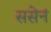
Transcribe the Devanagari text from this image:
ससेनं